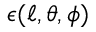
\epsilon ( \ell , \theta , \phi )